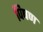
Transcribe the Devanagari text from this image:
पिषण